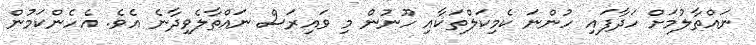
ނައްތާލުމަށް ހަދާފައި ހުންނަ ކެމިކަލްތަކާއި ހޫނުން މި ވައިރަސް ނައްތާލެވިދާނެ އެވެ. އެހެންކަމުން